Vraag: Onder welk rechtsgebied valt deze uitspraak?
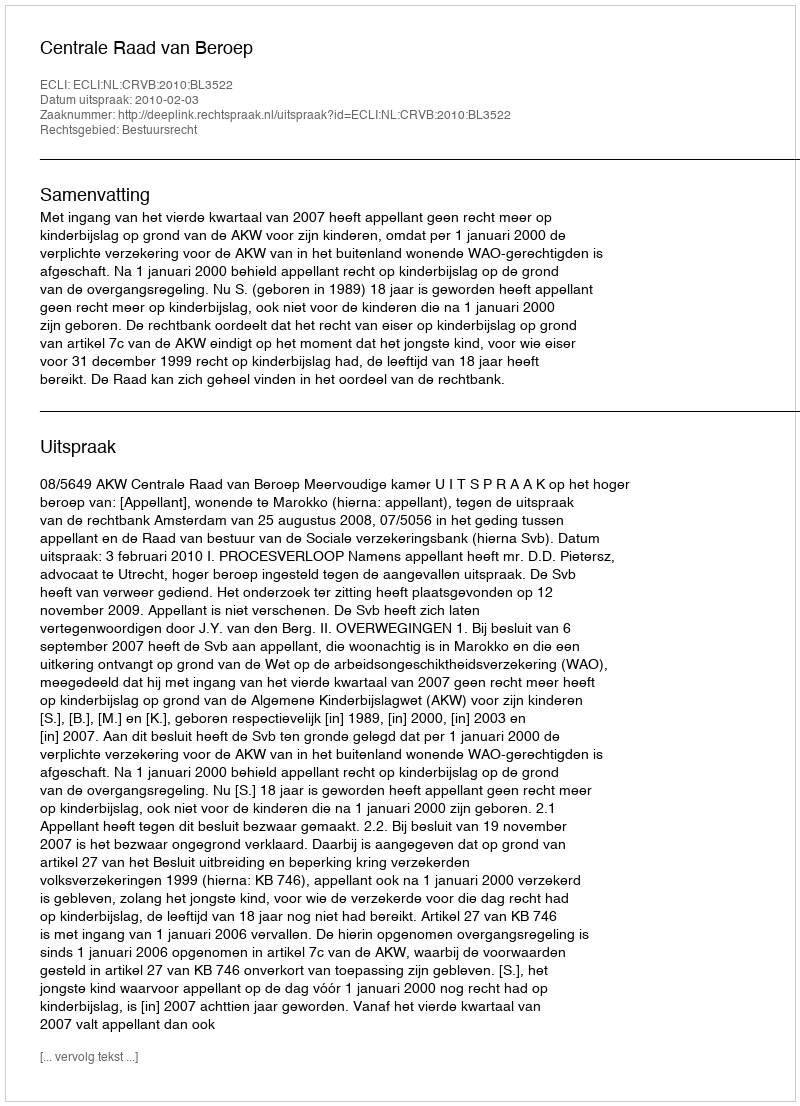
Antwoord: Bestuursrecht